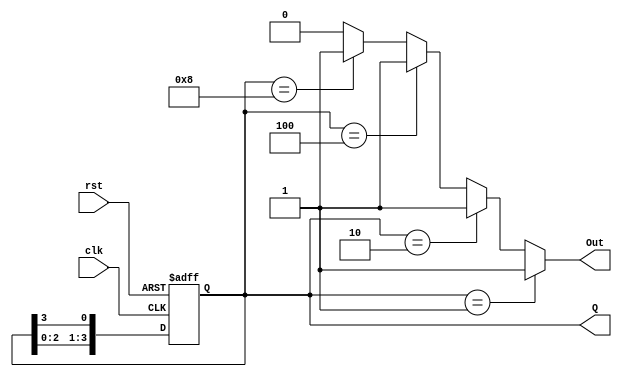
module ring_counter (
    input wire clk,       // Clock input
    input wire rst,       // Reset input
    output reg [3:0] Q,   // 4-bit output representing the state
    output reg Out        // Output based on the current state
);

// State transition logic
always @(posedge clk or posedge rst) begin
    if (rst) begin
        Q <= 4'b0001;      // Reset to State 0
    end else begin
        Q <= {Q[2:0], Q[3]}; // Shift right and feed back the last bit to the first position
    end
end

// Moore output logic
always @(Q) begin
    Out = 1'b0; // Default output
    if (Q == 4'b0001) begin
        Out = 1'b1; // Output is 1 when in State 0
    end else if (Q == 4'b0010) begin
        Out = 1'b1; // Output can be set for State 1
    end else if (Q == 4'b0100) begin
        Out = 1'b1; // Output can be set for State 2
    end else if (Q == 4'b1000) begin
        Out = 1'b1; // Output can be set for State 3
    end
end

endmodule